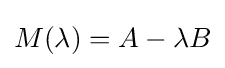
M(\lambda )=A-\lambda B